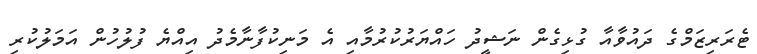
ޓެރަރިޒަމްގެ ދައުވާއާ ގުޅިގެން ނަޝީދު ހައްޔަރުކުރުމާއި އެ މަނިކުފާނާމެދު އިއްޔެ ފުލުހުން އަމަލުކުރި